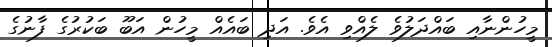
މީހުންނާއި ބައްދަލުވެ ލެއްވި އެވެ. އަދި ބައެއް މީހުން އަބޫ ބަކުރުގެ ފާނުގެ